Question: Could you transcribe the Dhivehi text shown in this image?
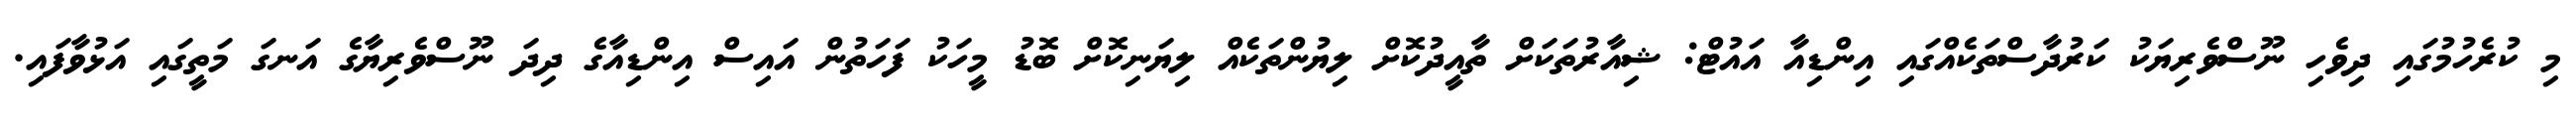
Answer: މި ކުރެހުމުގައި ދިވެހި ނޫސްވެރިޔަކު ކަރުދާސްތަކެއްގައި އިންޑިއާ އައުޓް: ޝިއާރުތަކަށް ތާއީދުކޮށް ލިޔުންތަކެއް ލިޔަނިކޮށް ބޮޑު މީހަކު ފަހަތުން އައިސް އިންޑިއާގެ ދިދަ ނޫސްވެރިޔާގެ އަނގަ މަތީގައި އަޅުވާފައި.